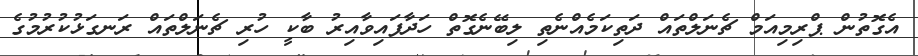
އެގޮތުން ޕްރިމިއަމް ޗެނަލްތައް ދަތިކަމެއްނެތި ލިބޭނެގޮތް ހަދާފައިވާއިރު ބާކީ ހުރި ޗެނަލްތައް ރަނގަޅުކުރުމުގެ